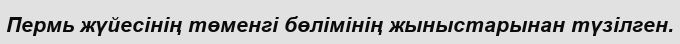
Пермь жүйесінің төменгі бөлімінің жыныстарынан түзілген.